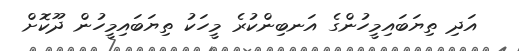
އަދި ތިޔަބައިމީހުންގެ އަނބިންކުރެ މީހަކު ތިޔަބައިމީހުން ދޫކޮށް